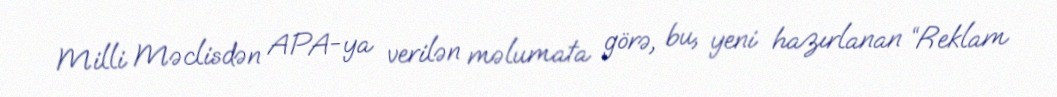
Milli Məclisdən APA-ya verilən məlumata görə, bu, yeni hazırlanan “Reklam